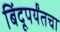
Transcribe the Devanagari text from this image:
बिंदूपर्यंतचा